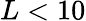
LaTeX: L<10